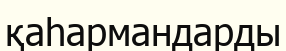
қаһармандарды